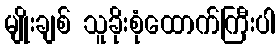
မျိုးချစ် သူခိုးစုံထောက်ကြီးပါ